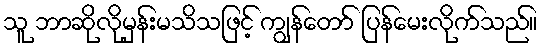
သူ ဘာဆိုလိုမှန်းမသိသဖြင့် ကျွန်တော် ပြန်မေးလိုက်သည်။